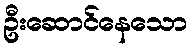
ဦးဆောင်နေသော